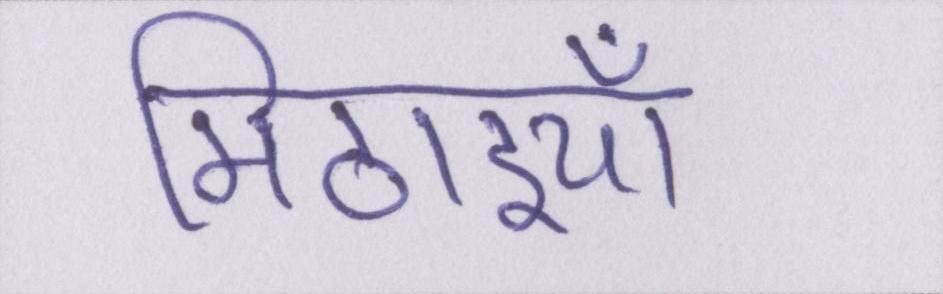
मिठाइयाँ